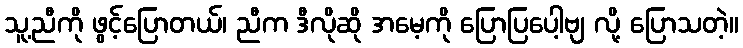
သူ့ညီကို ဖွင့်ပြောတယ်၊ ညီက ဒီလိုဆို အမေ့ကို ပြောပြပေါ့ဗျ လို့ ပြောသတဲ့။